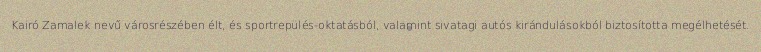
Kairó Zamalek nevű városrészében élt, és sportrepülés-oktatásból, valamint sivatagi autós kirándulásokból biztosította megélhetését.